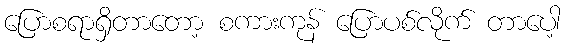
ပြောစရာရှိတာတော့ စကားကုန် ပြောပစ်လိုက် တာပေါ့